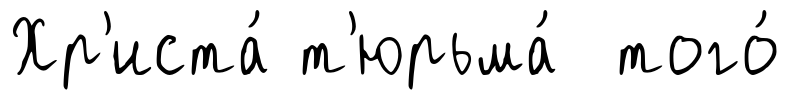
Хр'иста́ т'юрьма́ того́